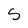
Character: S